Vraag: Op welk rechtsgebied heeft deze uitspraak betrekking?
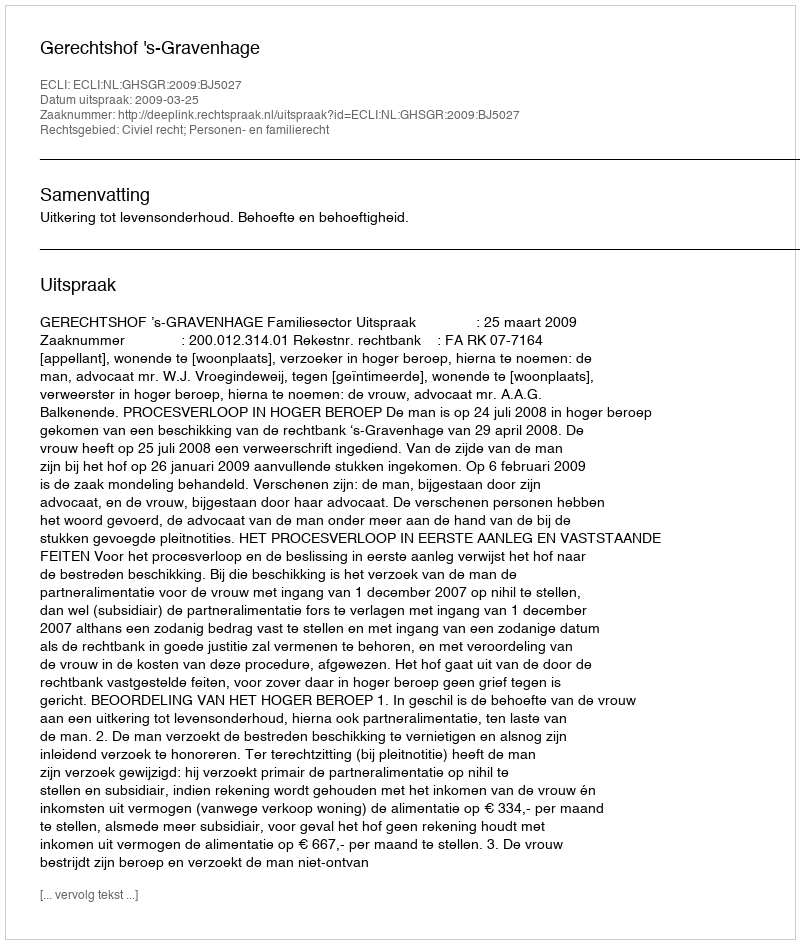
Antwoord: Civiel recht; Personen- en familierecht